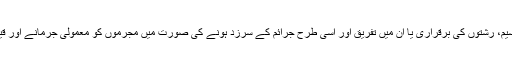
یہ کام عدالتوں میں بھی ہوتا ہے، جو جائداد کی تقسیم، رشتوں کی برقراری یا ان میں تفریق اور اسی طرح جرائم کے سرزد ہونے کی صورت میں مجرموں کو معمولی جرمانے اور قید سے لے کر سزائے موت کی تک سزا دیتی ہیں۔